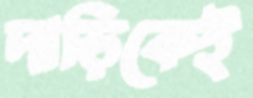
দাড়িকেই